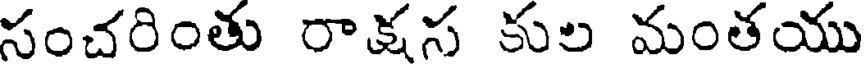
సంచరింతు రాక్షస కుల మంతయు